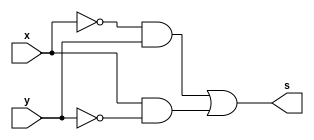
/*
 test_module.v - v0.0. - 27 / 08 / 2022
 Autor    : Gabriel Vargas Bento de Souza
 Matricula: 778023
 */

/* TRUTH TABLE */

/**
 expression
 */
module fxy (output s,
            input  x, y);
   assign s = ~x & y | x & ~y;
endmodule // fxy

/**
 SoP
 */
module SoP (output s,
            input  x, y);
                         // mintermos
   assign s = (~x &  y)  // 1
            | ( x & ~y); // 2
endmodule // SoP

/**
 PoS
 */
module PoS (output S,
            input  X, Y);
                           // MAXTERMOS
   assign S = (  X | Y )   // 0
            & ( ~X | ~Y ); // 3
endmodule // PoS

/**
  test_module
 */
module test_module;
   reg  x,y;
   wire s1, s2, s3;
   
   // instancias
   fxy FXY1 (s1, x, y);
   SoP SOP1 (s2, x, y);
   PoS POS1 (s3, x, y);
   
   // valores iniciais
   initial begin: start
      x=1'bx; y=1'bx; // indefinidos
   end

   // parte principal
   initial begin: main
      // identificacao
       $display("Exemplo - Gabriel Vargas Bento de Souza - 778023");
       $display("Test boolean expression");
       $display("\nx'&y+x&y' = s\n");

       // monitoramento
       $display(" x  y =  s1 s2 s3");
       $monitor("%2b %2b = %2b %2b %2b", x, y, s1, s2, s3);

       // sinalizacao
       #1 x=0; y=0;
       #1 x=0; y=1;
       #1 x=1; y=0;
       #1 x=1; y=1;
   end
endmodule // test_module